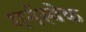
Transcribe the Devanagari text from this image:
गर्नस्बेक